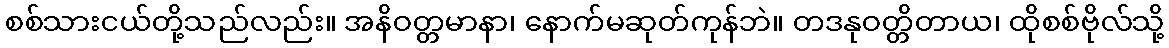
စစ်သားငယ်တို့သည်လည်း။ အနိဝတ္တမာနာ၊ နောက်မဆုတ်ကုန်ဘဲ။ တဒနုဝတ္တိတာယ၊ ထိုစစ်ဗိုလ်သို့